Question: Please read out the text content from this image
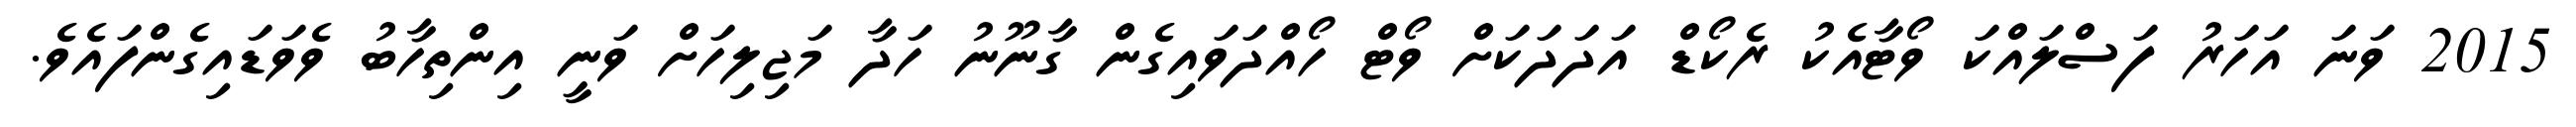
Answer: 2015 ވަނަ އަހަރު ފަސްލައްކަ ވޯޓާއެކު ރެކޯޑް އަދަދަކަށް ވޯޓް ހޯއްދަވައިގެން ގާނޫނު ހަދާ މަޖިލިހަށް ވަނީ އިންތިހާބު ވެވަޑައިގެންފައެވެ.